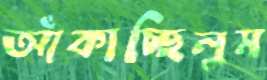
আঁকাচ্ছিলুম